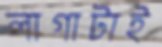
লাগাটাই